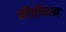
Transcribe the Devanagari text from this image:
कीर्तीमान